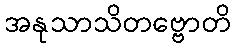
အနုသာသိတဗ္ဗောတိ